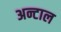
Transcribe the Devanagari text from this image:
अन्टाल